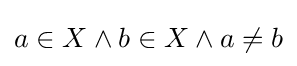
a\in X\land b\in X\land a\neq b